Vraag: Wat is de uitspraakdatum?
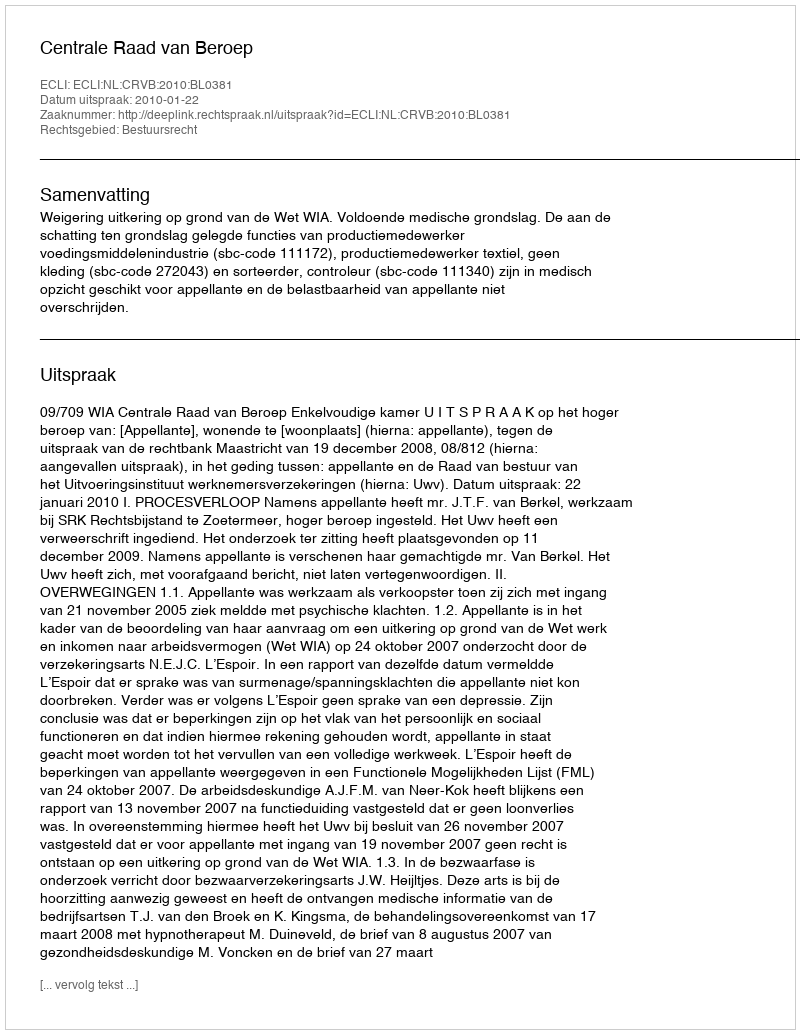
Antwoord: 2010-01-22